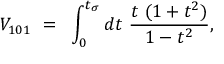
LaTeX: V _ { 1 0 1 } ~ = ~ \int _ { 0 } ^ { t _ { \sigma } } { d t } ~ \frac { t ~ ( 1 + t ^ { 2 } ) } { 1 - t ^ { 2 } } ,